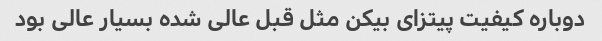
دوباره کیفیت پیتزای بیکن مثل قبل عالی شده بسیار عالی بود